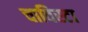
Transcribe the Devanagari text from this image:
चाविस्टा